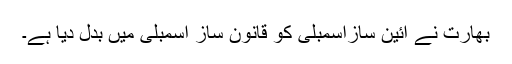
بھارت نے آئین سازاسمبلی کو قانون ساز اسمبلی میں بدل دیا ہے۔